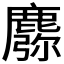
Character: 𪋈